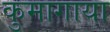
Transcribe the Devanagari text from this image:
कुमागाया